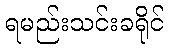
ရမည်းသင်းခရိုင်